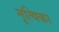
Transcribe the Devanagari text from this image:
नृत्यिका